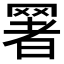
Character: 𦋧